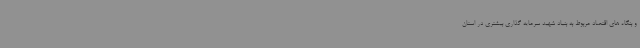
و بنگاه های اقتصاد مربوط به بنیاد شهید سرمایه گذاری بیشتری در استان